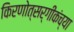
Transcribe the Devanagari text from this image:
किरणोत्सर्गीकंच्या